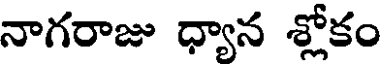
నాగరాజు ధ్యాన శ్లోకం